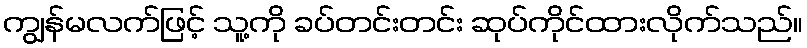
ကျွန်မလက်ဖြင့် သူ့ကို ခပ်တင်းတင်း ဆုပ်ကိုင်ထားလိုက်သည်။